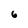
Character: 6